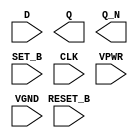
module sky130_fd_sc_hs__dfbbp (
    //# {{data|Data Signals}}
    input  D      ,
    output Q      ,
    output Q_N    ,

    //# {{control|Control Signals}}
    input  RESET_B,
    input  SET_B  ,

    //# {{clocks|Clocking}}
    input  CLK    ,

    //# {{power|Power}}
    input  VPWR   ,
    input  VGND
);
endmodule